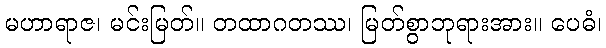
မဟာရာဇ၊ မင်းမြတ်။ တထာဂတဿ၊ မြတ်စွာဘုရားအား။ ပေဓံ၊